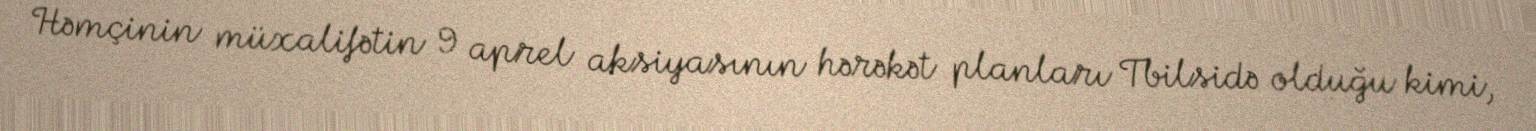
Həmçinin müxalifətin 9 aprel aksiyasının hərəkət planları Tbilsidə olduğu kimi,